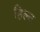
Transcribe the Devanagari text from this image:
हिल्ट